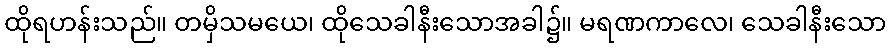
ထိုရဟန်းသည်။ တမှိသမယေ၊ ထိုသေခါနီးသောအခါ၌။ မရဏကာလေ၊ သေခါနီးသော